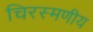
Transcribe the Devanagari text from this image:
चिरस्मणीय